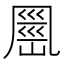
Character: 𭂹